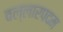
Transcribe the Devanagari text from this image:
वल्लारपदम